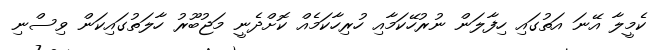
ކެމީލާ އޭނަ އަތުގައި ހިފާލަން ނުރުހޭކަމާއި ހުރިހާކަމެއް ކޮށްދެނީ މަޖުބޫރު ހާލަތުގައިކަން ވިސްނި